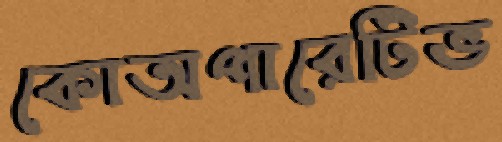
কোঅপারেটিভ